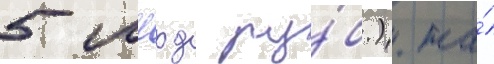
5 млрд ру́б.). на́